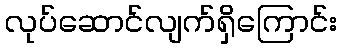
လုပ်ဆောင်လျက်ရှိကြောင်း